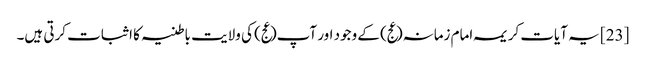
[23] یہ آیات کریمہ امام زمانہ(عج) کے وجود اور آپ(عج) کی ولایت باطنیہ کا اثبات کرتی ہیں۔